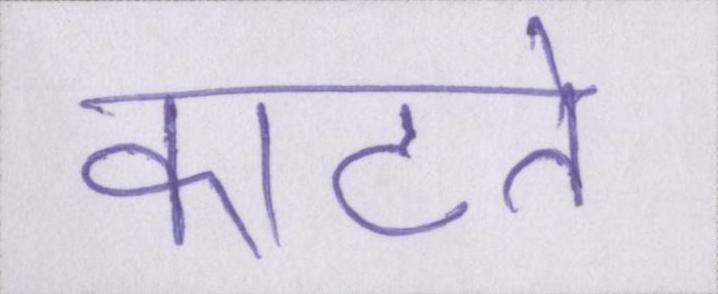
काटते